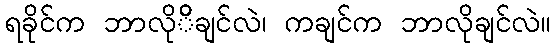
ရခိုင်က ဘာလိုိိချင်လဲ၊ ကချင်က ဘာလိုချင်လဲ။